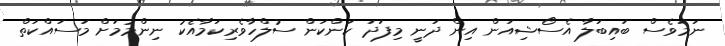
ނަމަވެސް ބައިބަލާ އެސޯޝިއަން އިން ދަނީ މިފަދަ ކަންކަން ސުލްހާވެރިކަމާއެކު ނިންމުމަށް މަސައްކަތް